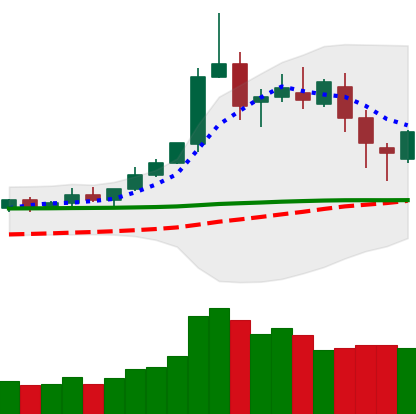
Ticker: DOGE-USD
Chart end date: 2020-02-18
Forward return: -5.601%
Label: down_5_7